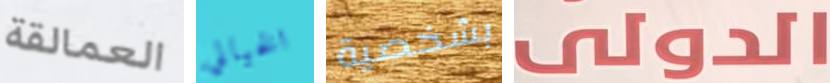
العمالقة الخيالي بشخصية الدولى